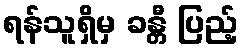
ရန်သူရှိမှ ခန္တီ ပြည့်